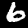
Digit: 6